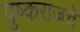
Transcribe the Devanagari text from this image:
पुष्कराजचे